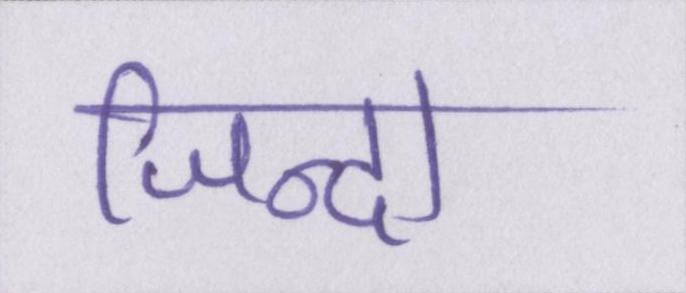
जिन्दा